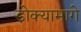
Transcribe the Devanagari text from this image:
डोक्यामागे